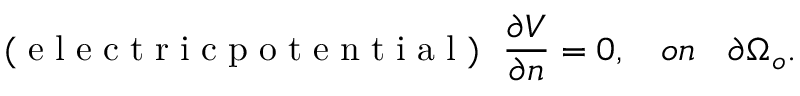
\small \mathrm { ~ ( ~ e ~ l ~ e ~ c ~ t ~ r ~ i ~ c ~ p ~ o ~ t ~ e ~ n ~ t ~ i ~ a ~ l ~ ) ~ } \ \frac { \partial V } { \partial n } = 0 , \quad o n \quad \partial \Omega _ { o } .